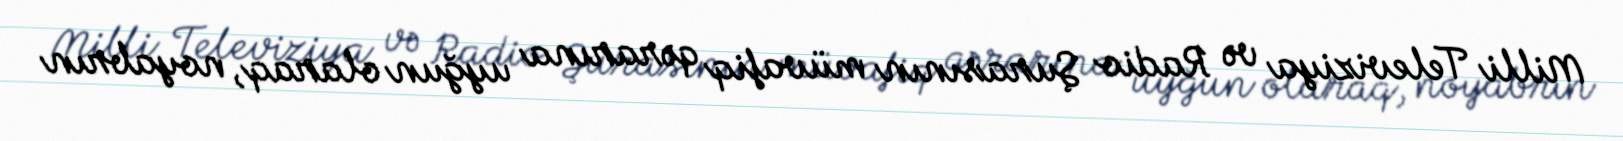
Milli Televiziya və Radio Şurasının müvafiq qərarına uyğun olaraq, noyabrın